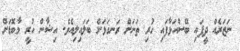
ނަޒަރެއް ދީފައި ބޭސްއަޅާފައި ހުރި ތަނަށް ރަނގަޅަށް ބަލައިލިއެވެ. އިޝާން ހުރީ މާބޮޑަށް